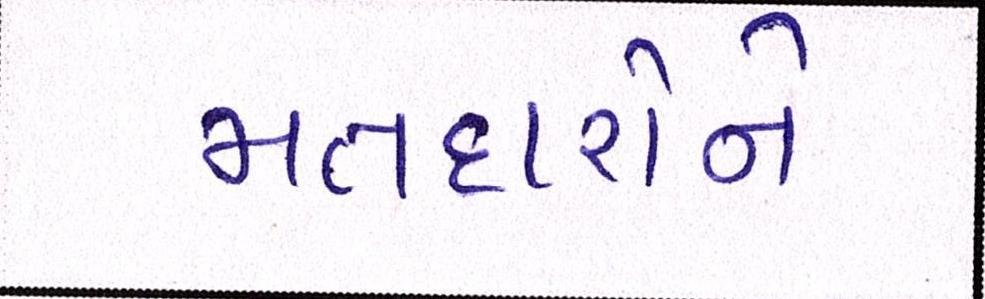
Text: મતદારોને